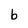
Character: b